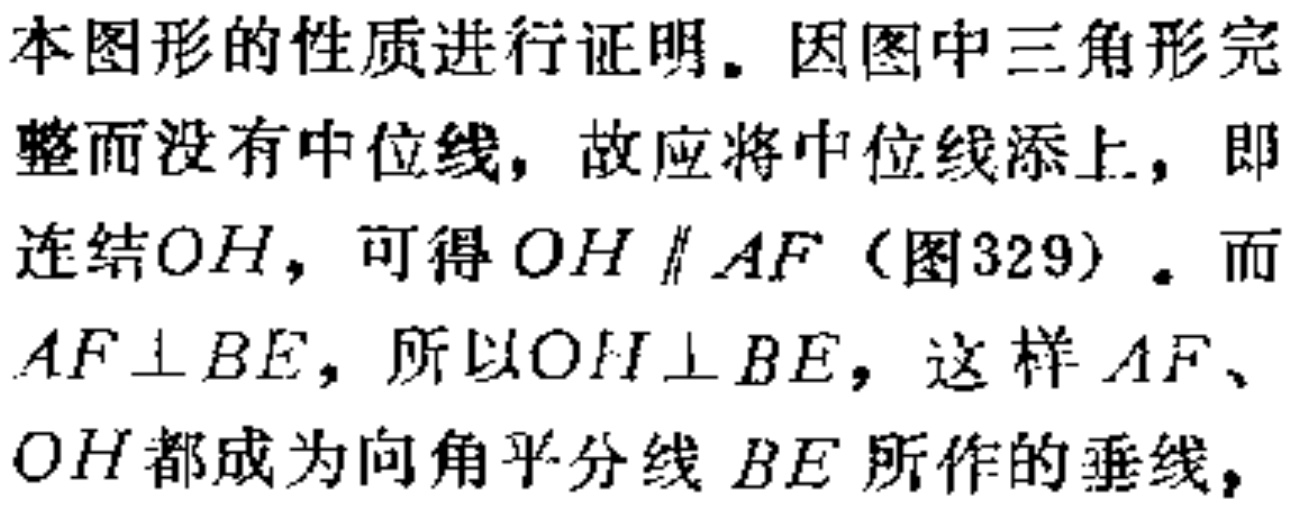
本图形的性质进行证明。因图中三角形完整而没有中位线，故应将中位线添上，即连结\(OH\)，可得\(OH \parallel AF\)（图329）。而\(AF \perp BE\)，所以\(OH \perp BE\)，这样\(AF\)、\(OH\)都成为向角平分线\(BE\)所作的垂线，